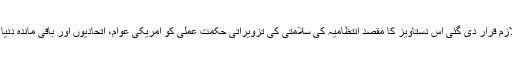
کانگریس کی طرف سے لازم قرار دی گئی اس دستاویز کا مقصد انتظامیہ کی سلامتی کی تزویراتی حکمت عملی کو امریکی عوام، اتحادیوں اور باقی ماندہ دنیا کے سامنے بیان کرنا ہے۔